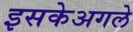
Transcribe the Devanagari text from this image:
इसकेअगले